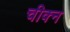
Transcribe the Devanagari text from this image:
चीक्न